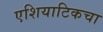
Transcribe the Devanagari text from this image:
एशियाटिकचा